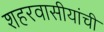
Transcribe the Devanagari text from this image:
शहरवासीयांची